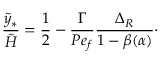
\frac { \tilde { y } _ { \ast } } { \tilde { H } } = \frac { 1 } { 2 } - \frac { \Gamma } { P e _ { f } } \frac { \Delta _ { R } } { 1 - \beta ( \alpha ) } \cdot